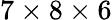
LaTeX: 7\times 8\times 6